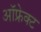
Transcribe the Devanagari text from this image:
ऑफ्रेक्ट